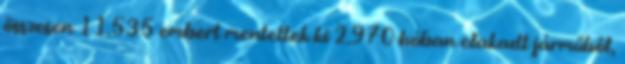
összesen 11.535 embert mentettek ki 2.970 hóban elakadt járműből,